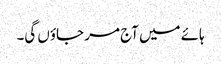
ہائے میں آج مر جاؤں گی۔